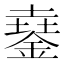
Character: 𨩓